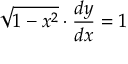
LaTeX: { \sqrt { 1 - x ^ { 2 } } } \cdot { \frac { d y } { d x } } = 1